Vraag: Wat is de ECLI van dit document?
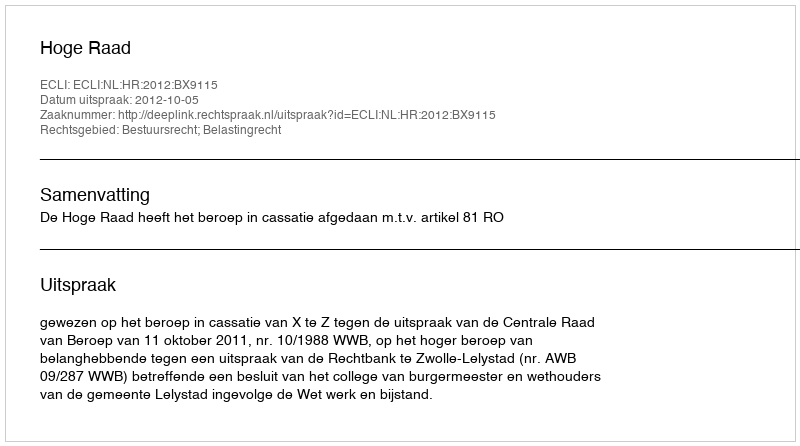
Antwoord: ECLI:NL:HR:2012:BX9115